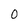
Character: 0